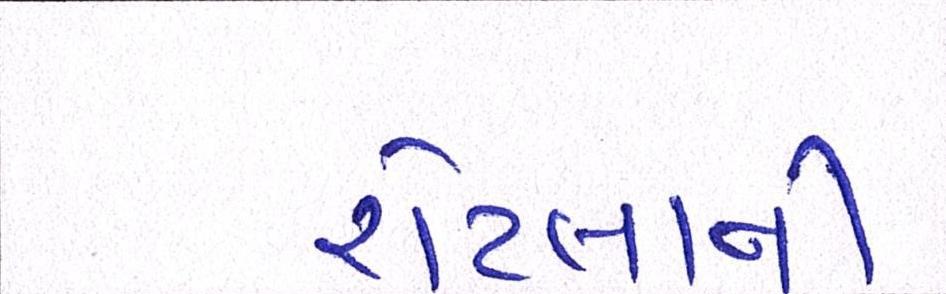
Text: રોટલાની